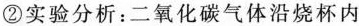
②实验分析：二氧化碳气体沿烧杯内